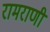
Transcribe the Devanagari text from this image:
रामराणी